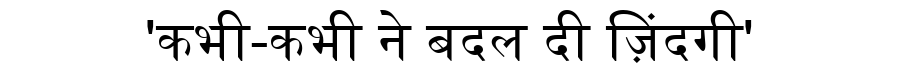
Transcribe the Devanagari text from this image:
'कभी-कभी ने बदल दी ज़िंदगी'